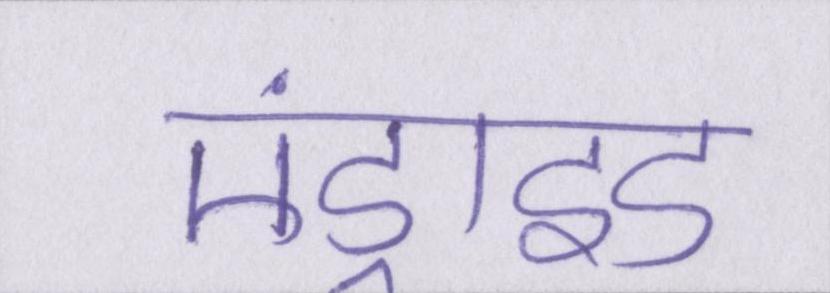
एंड्राइड